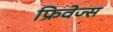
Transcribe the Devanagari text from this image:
फ्रिवेज्स